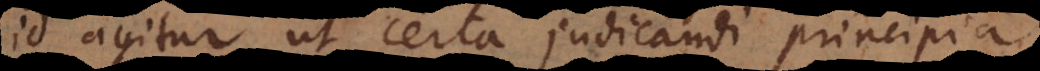
id agitur ut certa judicandi principia